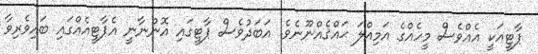
ޕާޓީއަކީ އެއްވެސް މީހެއްގެ އަމިއްލަ ޙައްޤެއްނޫނެވެ. އަބަދުވެސް ޕާޓީގައި އޮންނާނީ އެޕާޓީއެއްގައި ބައިވެރިވާ